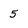
Character: 5